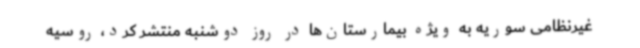
غیرنظامی سوریه به ویژه بیمارستان‌ها در روز دوشنبه منتشر کرد، روسیه